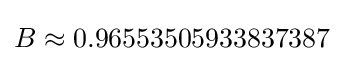
B\approx 0.96553505933837387